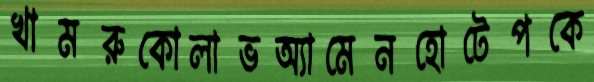
খামরুকোলাভঅ্যামেনহোটেপকে